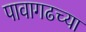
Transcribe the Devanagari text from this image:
पावागढच्या